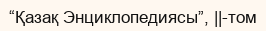
“Қазақ Энциклопедиясы”, ||-том